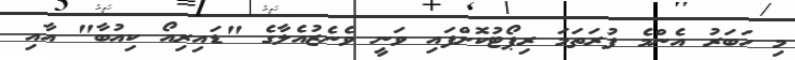
މި ހަބަރު އެންމެ ފުރަތަމަ ރިޕޯޓުކޮށްފައި ވަނީ ވެނެޒުއެލާގެ "ޑައިރިއޯ ކިއުބާ" އާއި